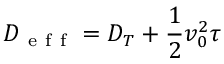
D _ { \mathrm { ~ e ~ f ~ f ~ } } = D _ { T } + \frac { 1 } { 2 } v _ { 0 } ^ { 2 } \tau